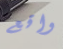
واقع